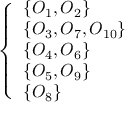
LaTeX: \left\{ \begin{array} { l l } { \{ O _ { 1 } , O _ { 2 } \} } \\ { \{ O _ { 3 } , O _ { 7 } , O _ { 1 0 } \} } \\ { \{ O _ { 4 } , O _ { 6 } \} } \\ { \{ O _ { 5 } , O _ { 9 } \} } \\ { \{ O _ { 8 } \} } \end{array} \right.